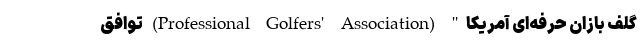
گلف بازان حرفه‌ای آمریکا" (Professional Golfers' Association) توافق